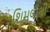
શિમલાથી